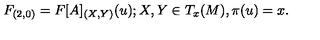
F _ { ( 2 , 0 ) } = F [ A ] _ { ( X , Y ) } ( u ) ; X , Y \in T _ { x } ( M ) , \pi ( u ) = x .